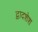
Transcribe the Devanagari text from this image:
द्वादशेश